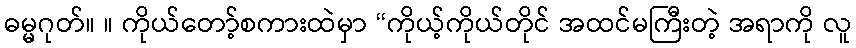
ဓမ္မဂုတ်။ ။ ကိုယ်တော့်စကားထဲမှာ “ကိုယ့်ကိုယ်တိုင် အထင်မကြီးတဲ့ အရာကို လူ